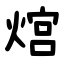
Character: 熍